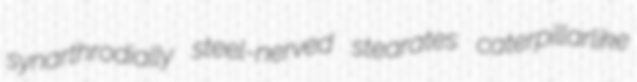
synarthrodially steel-nerved stearates caterpillarlike